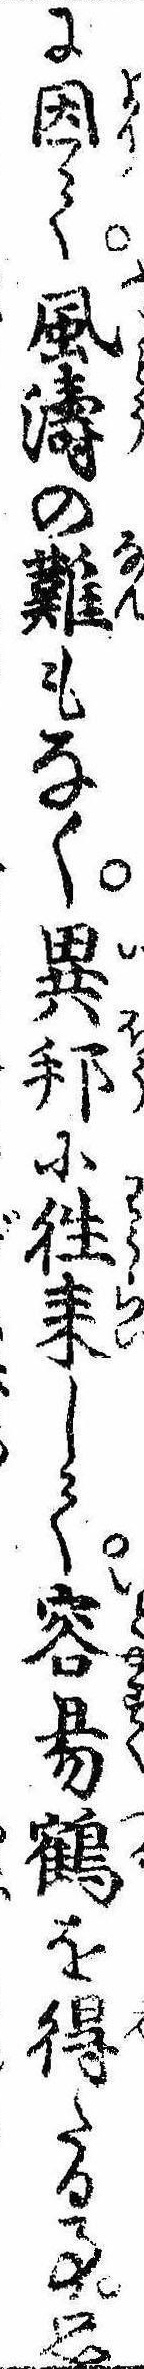
に因て風濤の難もなく異邦に往耒して容易鶴を得たる事思